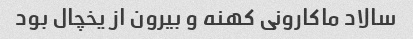
سالاد ماکارونی کهنه و بیرون از یخچال بود